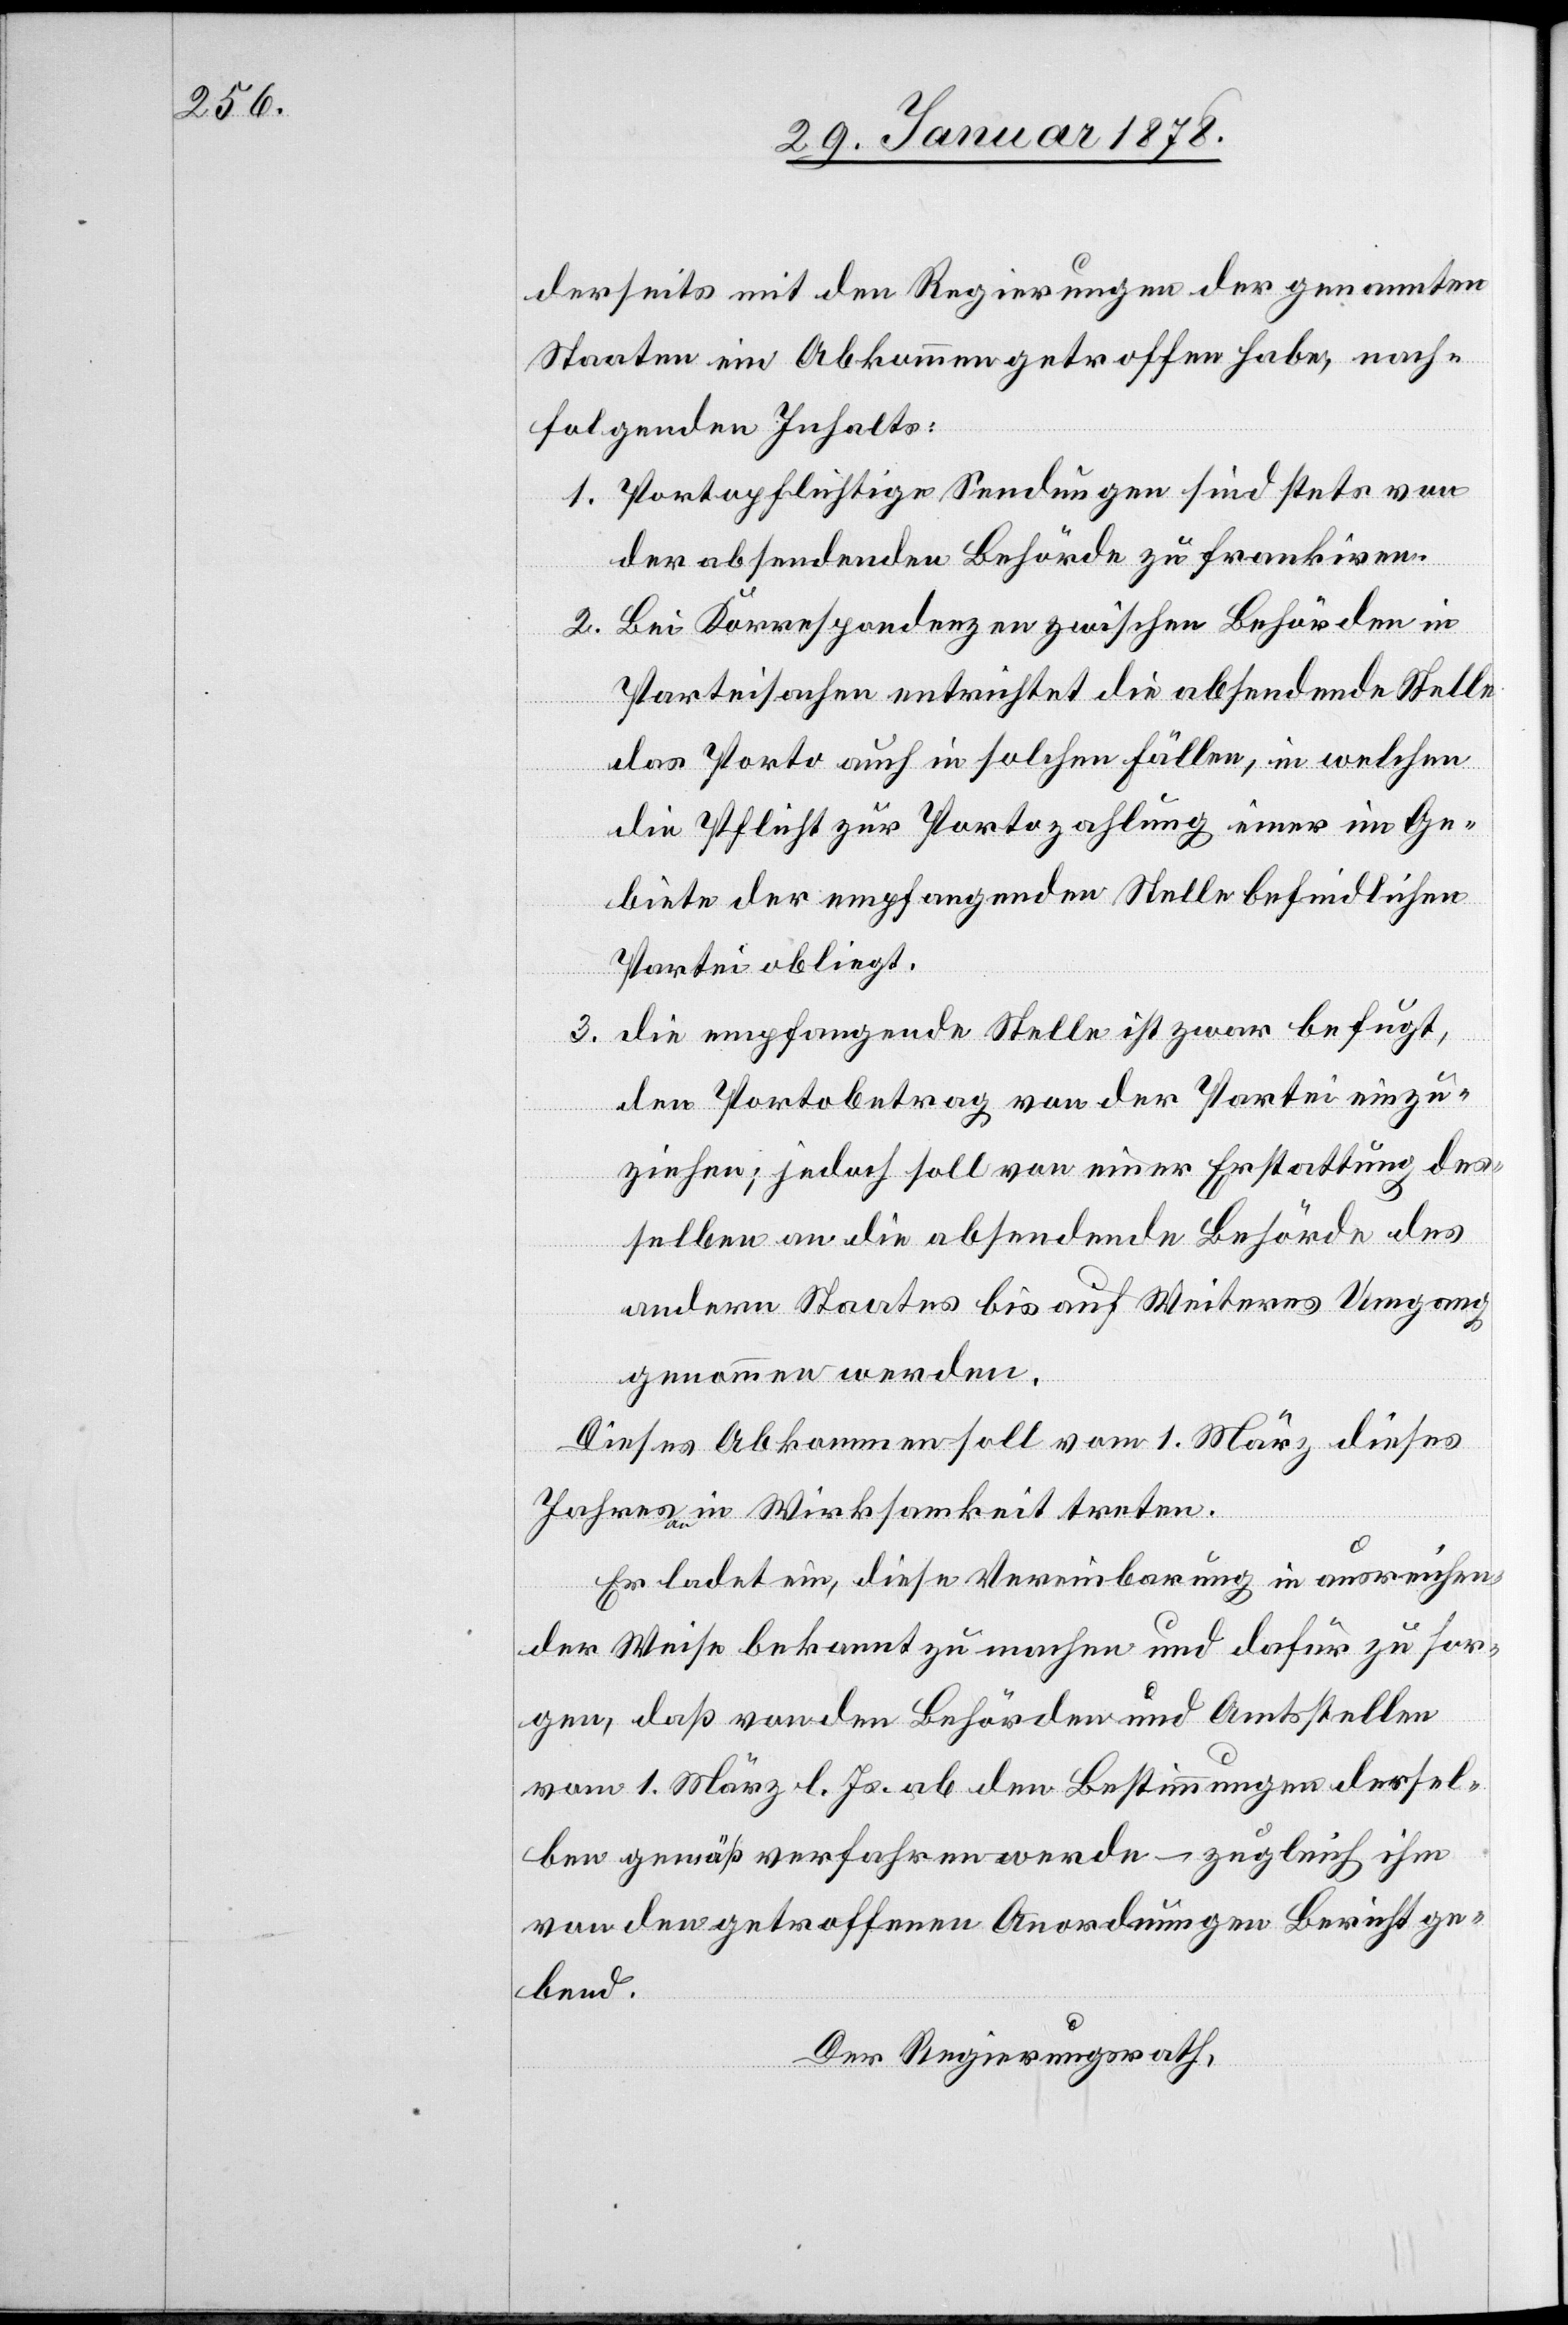
derseits mit den Regierungen der genannten
Staaten ein Abkommen getroffen habe, nach¬
folgenden Inhalts:
1. Portopflichtige Sendungen sind stets von
der absendenden Behörde zu frankiren.
2. Bei Korrespondenzen zwischen Behörden in
Parteisachen entrichtet die absehende Stelle
das Porto auch in solchen Fällen, in welchen
die Pflicht zur Portozahlung einer im Ge¬
biete der empfangenden Stelle befriedlichen
Partei obliegt.
3. Die empfangende Stelle ist zwar befugt,
den Portobetrag von der Partei einzu¬
ziehen; jedoch soll von einer Erstattung der¬
selben an die absendende Behörde des
andern Staates bis auf Weiteres Umgang
genommen werden.
Dieses Abkommen soll vom 1. März dieses
Jahres in Wirksamkeit treten.
Er ladet ein, diese Vereinbarung in ausreichen¬
der Weise bekannt zu machen und dafür zu sor¬
gen, daß von den Behörden und Amtsstellen
vom 1. März l. Js. ab den Bestimmungen dersel¬
ben gemäß verfahren werde – zugleich ihm
von den getroffenen Anordnungen Bericht ge¬
bend.
Der Regierungsrath,